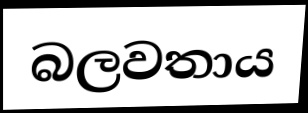
බලවතාය